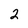
Character: 2